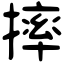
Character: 摔